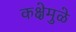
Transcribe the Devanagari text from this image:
कक्षेमुळे